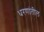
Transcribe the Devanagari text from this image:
धरणांतील